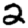
Digit: 2